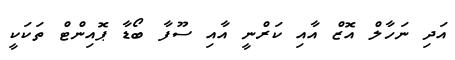
އަދި ނަހާލް އޮޒް އާއި ކަރްނީ އާއި ސޫފާ ބޯޑާ ޕޮއިންޓް ތަކަކީ